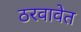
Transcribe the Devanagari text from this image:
ठरवावेत